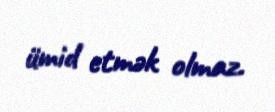
ümid etmək olmaz.